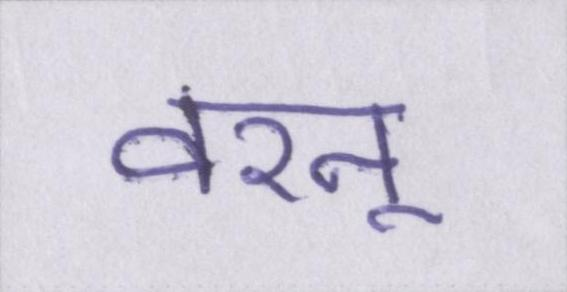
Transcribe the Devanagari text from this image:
वरन्